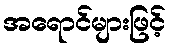
အရောင်များဖြင့်